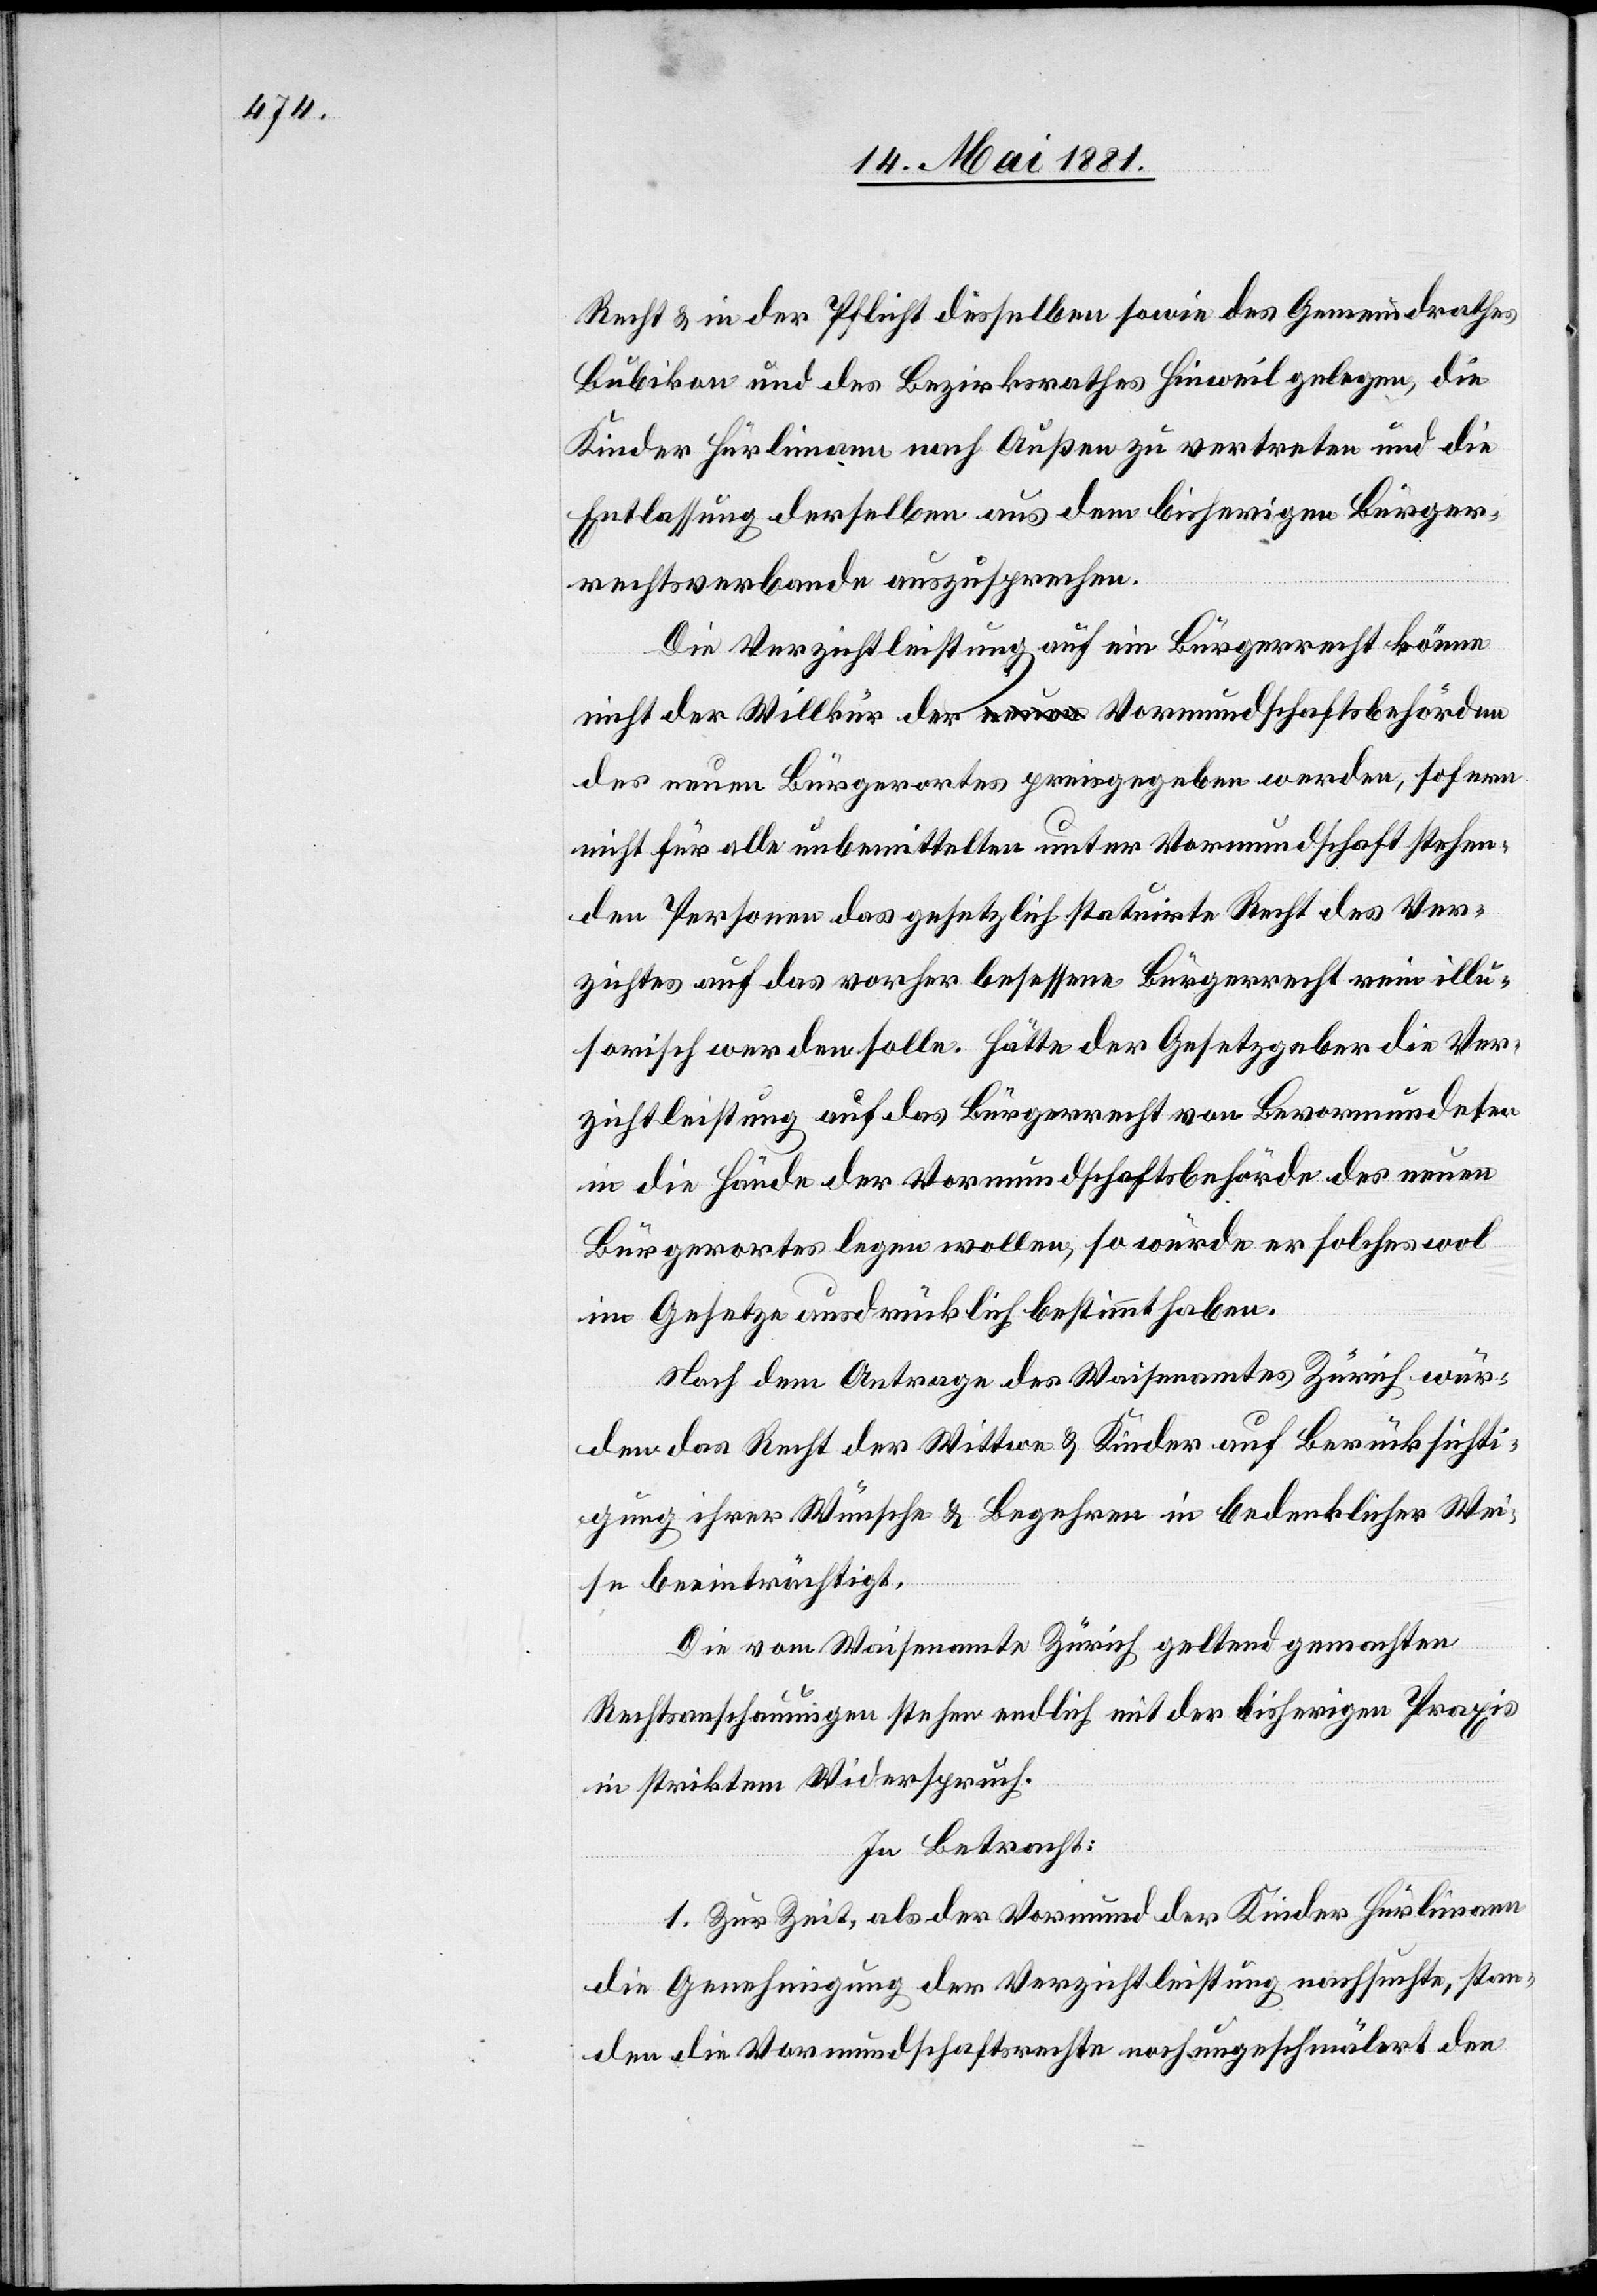
Recht & in der Pflicht desselben sowie des Gemeindrathes
Bubikon und des Bezirksrathes Hinweil gelegen, die
Kinder Hürlimann nach Außen zu vertreten und die
Entlassung derselben aus dem bisherigen Bürger¬
rechtsverbande auszusprechen.
Die Verzichtleistung auf ein Bürgerrecht könne
nicht die Willkür der Vormundschaftsbehörden
des neuen Bürgerortes preisgegeben werden, sofern
nicht für alle uebermittelten unter Vormundschaft stehen¬
den Personen das gesetzlich statuirte Recht des Ver¬
zichts auf das vorher besessene Bürgerrecht rein illu¬
sorisch werden solle. Hätte der Gesetzgeber die Ver¬
zichtleistung auf das Bürgerrecht von Bevormundeten
in die Hände der Vormundschaftsbehörde des neuen
Bürgerortes legen wollen, so würde er solches wol
im Gesetze ausdrücklich bestimmt haben.
Nach dem Antrage des Waisenamtes Zürich wur¬
den das Recht der Wittwe & Kinder auf Berücksichti¬
gung ihrer Wünsche & Begehren in bedenklicher Wei¬
se beeinträchtigt.
Die vom Waisenamte Zürich geltend gemachten
Rechtsanschauungen stehen endlich mit der bisherigen Praxis
in striktem Widerspruch.
In Betracht:
1. Zur Zeit, als der Vormund der Kinder Hürlimann
die Genehmigung der Verzichtleistung nachsuchte, stan¬
den die Vormundschaftsrechte noch ungeschmälert den